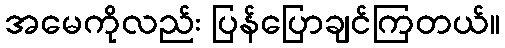
အမေကိုလည်း ပြန်ပြောချင်ကြတယ်။